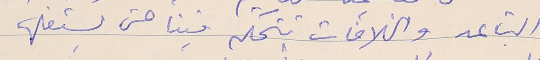
التباعد والخلافات تتحكم فينا حتى يستغلها